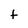
Character: t